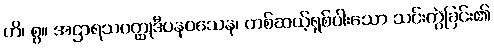
ဟိ၊ စွ။ အဌာရသဝတ္ထုဒီပနဝသေန၊ တစ်ဆယ့်ရှစ်ပါးသော သင်းကွဲခြင်း၏